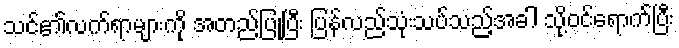
သင်၏လက်ရာများကို အတည်ပြုပြီး ပြန်လည်သုံးသပ်သည့်အခါ သို့ဝင်ရောက်ပြီး